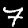
Digit: 7